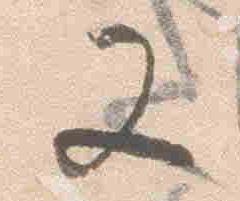
又